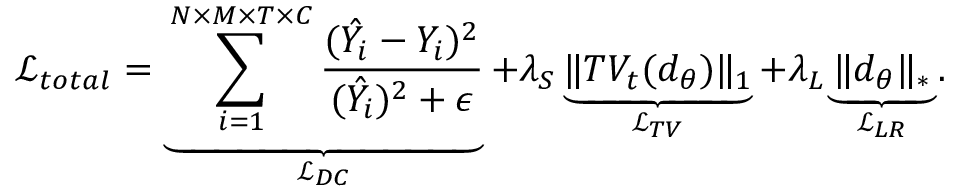
\mathcal { L } _ { t o t a l } = \underbrace { \sum _ { i = 1 } ^ { N \times M \times T \times C } \frac { ( \hat { Y _ { i } } - Y _ { i } ) ^ { 2 } } { ( \hat { Y _ { i } } ) ^ { 2 } + \epsilon } } _ { \mathcal { L } _ { D C } } + \lambda _ { S } \underbrace { \Vert T V _ { t } ( d _ { \theta } ) \Vert _ { 1 } } _ { \mathcal { L } _ { T V } } + \lambda _ { L } \underbrace { \Vert d _ { \theta } \Vert _ { * } } _ { \mathcal { L } _ { L R } } .